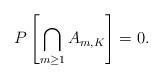
LaTeX: \begin{align*}P\left[\bigcap_{m\ge 1}A_{m,K}\right]=0.\end{align*}